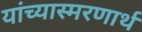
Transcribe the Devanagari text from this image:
यांच्यास्मरणार्थ